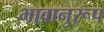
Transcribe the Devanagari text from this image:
भावानुरूप